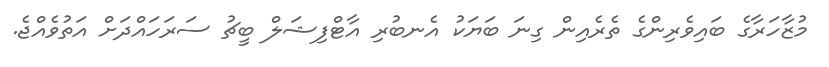
މުޒާހަރާގެ ބައިވެރިންގެ ތެރެއިން ގިނަ ބަޔަކު އެނބުރި އާޓްފިޝަލް ބީޗު ސަރަހައްދަށް އަތުވެއްޖެ.